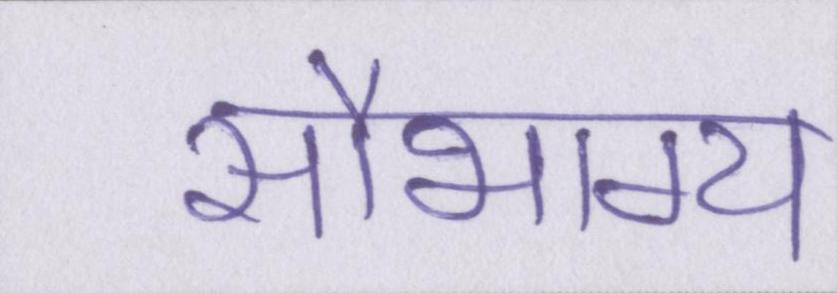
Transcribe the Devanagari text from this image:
सौभाग्य